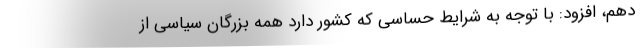
دهم، افزود: با توجه به شرایط حساسی که کشور دارد همه بزرگان سیاسی از